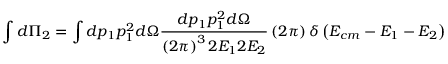
\int d \Pi _ { 2 } = \int d p _ { 1 } p _ { 1 } ^ { 2 } d \Omega \frac { d p _ { 1 } p _ { 1 } ^ { 2 } d \Omega } { \left( 2 \pi \right) ^ { 3 } 2 E _ { 1 } 2 E _ { 2 } } \left( 2 \pi \right) \delta \left( E _ { c m } - E _ { 1 } - E _ { 2 } \right)